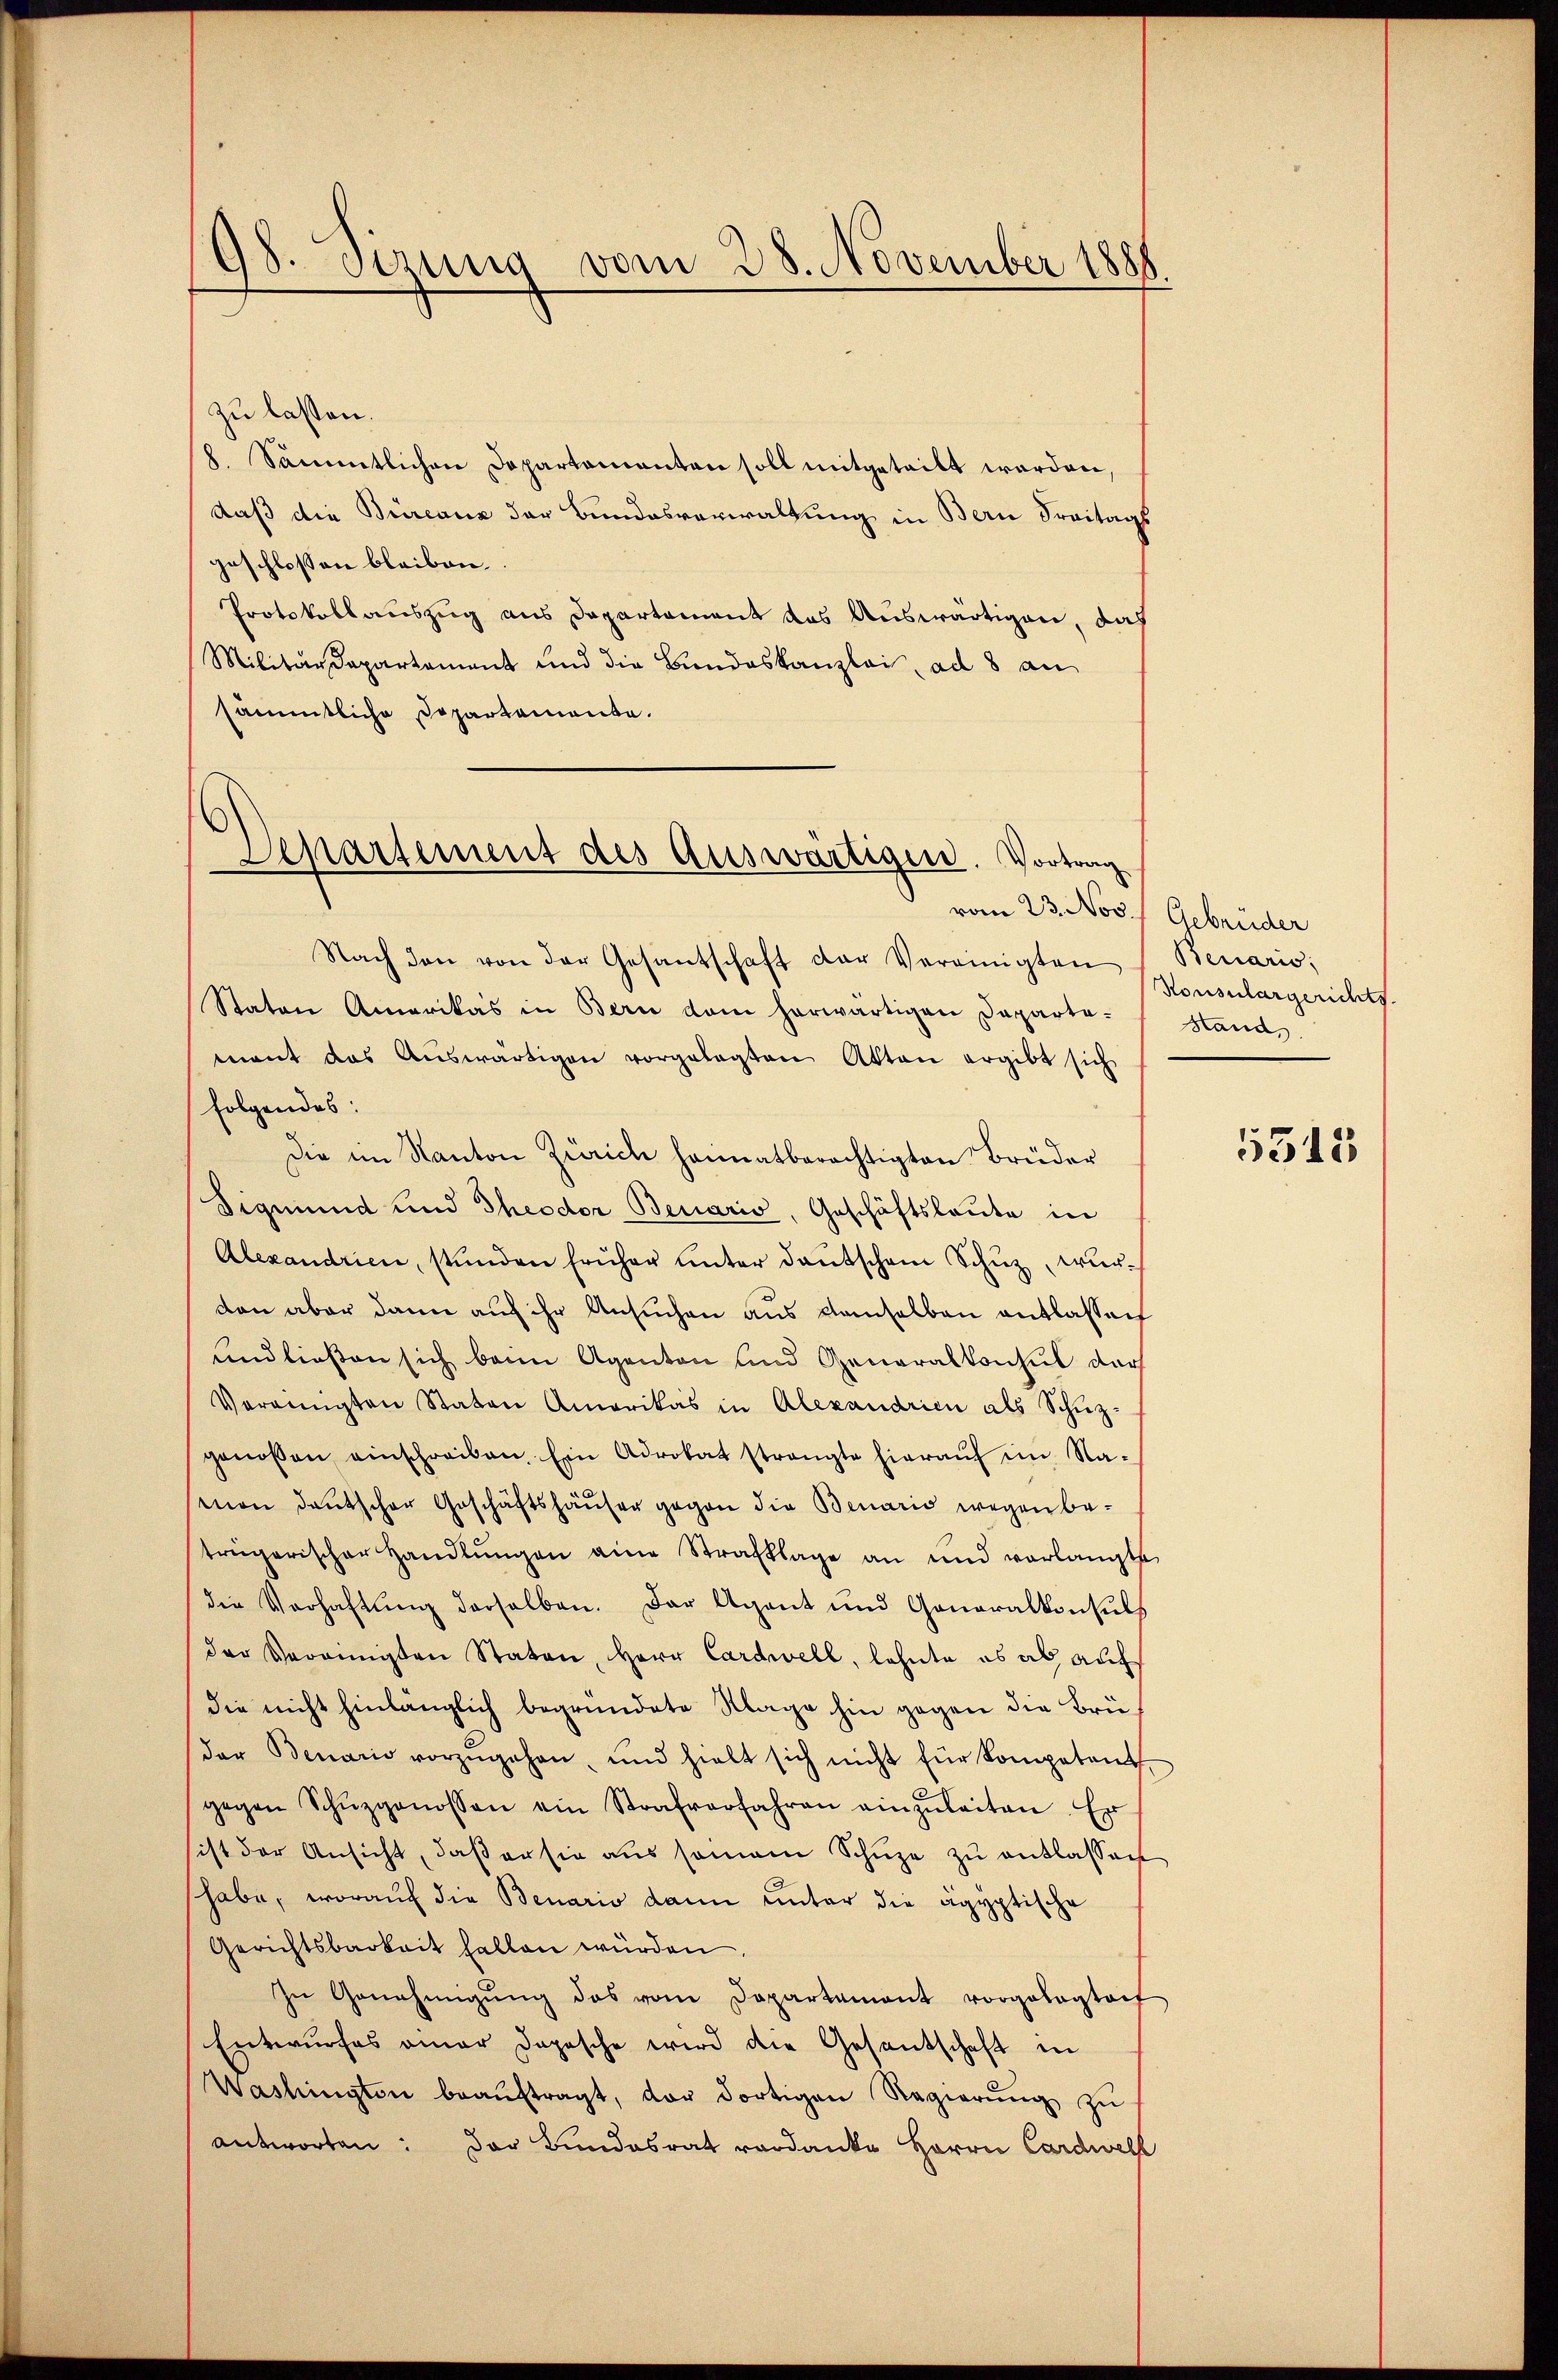
98. Sezung vom 28. November 1888

zu lassen.
8. Sämmtlichen Departamanten soll mitgeteilt werden,
daß die Büreaux der Bundesverwaltung in Bern Freitags
geschlossen bleiben.
Protokollauszug aus Departament das Auswärtigen, daß
Militärdepartement und die Bundeskanzlei, ad 8 an
sämmtliche Dopartamente.

Departement des Auswärtigen. Vortrag
vom 23. Nov. Gebrüder
Nach den von der Gesantschaft der Vereinigten (Beuaris;

Staten Amerikas in Bern dem herwärtigen Departe-Stands
mant das Aŭswärtigen vorgelegten Akten ergibt sich
folgendes:
Die im Kanton Zürich heimatberechtigten Brüder
Sigmund und Theodor Benario, Geschäftsleute in
Alexandrien, stünden früher ŭnter daŭtschem Schŭz, wurden aber dann auf ihr Ansuchen aus demselben entlassen
und liessen sich beim Agenten und Generalkonsul der
Vereinigten Staten Amerikas in Alexandrien als Schuzgenoßen einschreiben. Ein Advokat strengte hieraŭf im Na-
mon deutscher Geschäftshäuser gegen die Benario wegen beträgerischer Handlŭngen eine Strafklage an und verlangte
die Verhaftŭng derselben. Der Agent und Generalkonsuls
der Verannigsten Staten, Herr Cardwell, lehnte es ab auf
die nicht hinlänglich begründete Klage hin gegen die Brüder Benario vorzŭgehen, und hielt sich nicht für Kompetent
gegen Schŭzgenossen ein Strafverfahren einzŭleiten. Er
sist der Ansicht, daβ er sie aus somam Schüze zu entlassen
habe, worauf die Benario dann unter die ägyptische
Gerichtsbarkeit halten würden.
zŭ Genehmigŭng das vom Departement vorgelegtait
Entwurfes einer dopesche wird die Gesantschaft in
Washingten beaŭftragt, der dortigen Regierŭng zŭ
antworten: Der Bundesrat verdanke Herrn Cardwell

Konsulargerichts.

5515